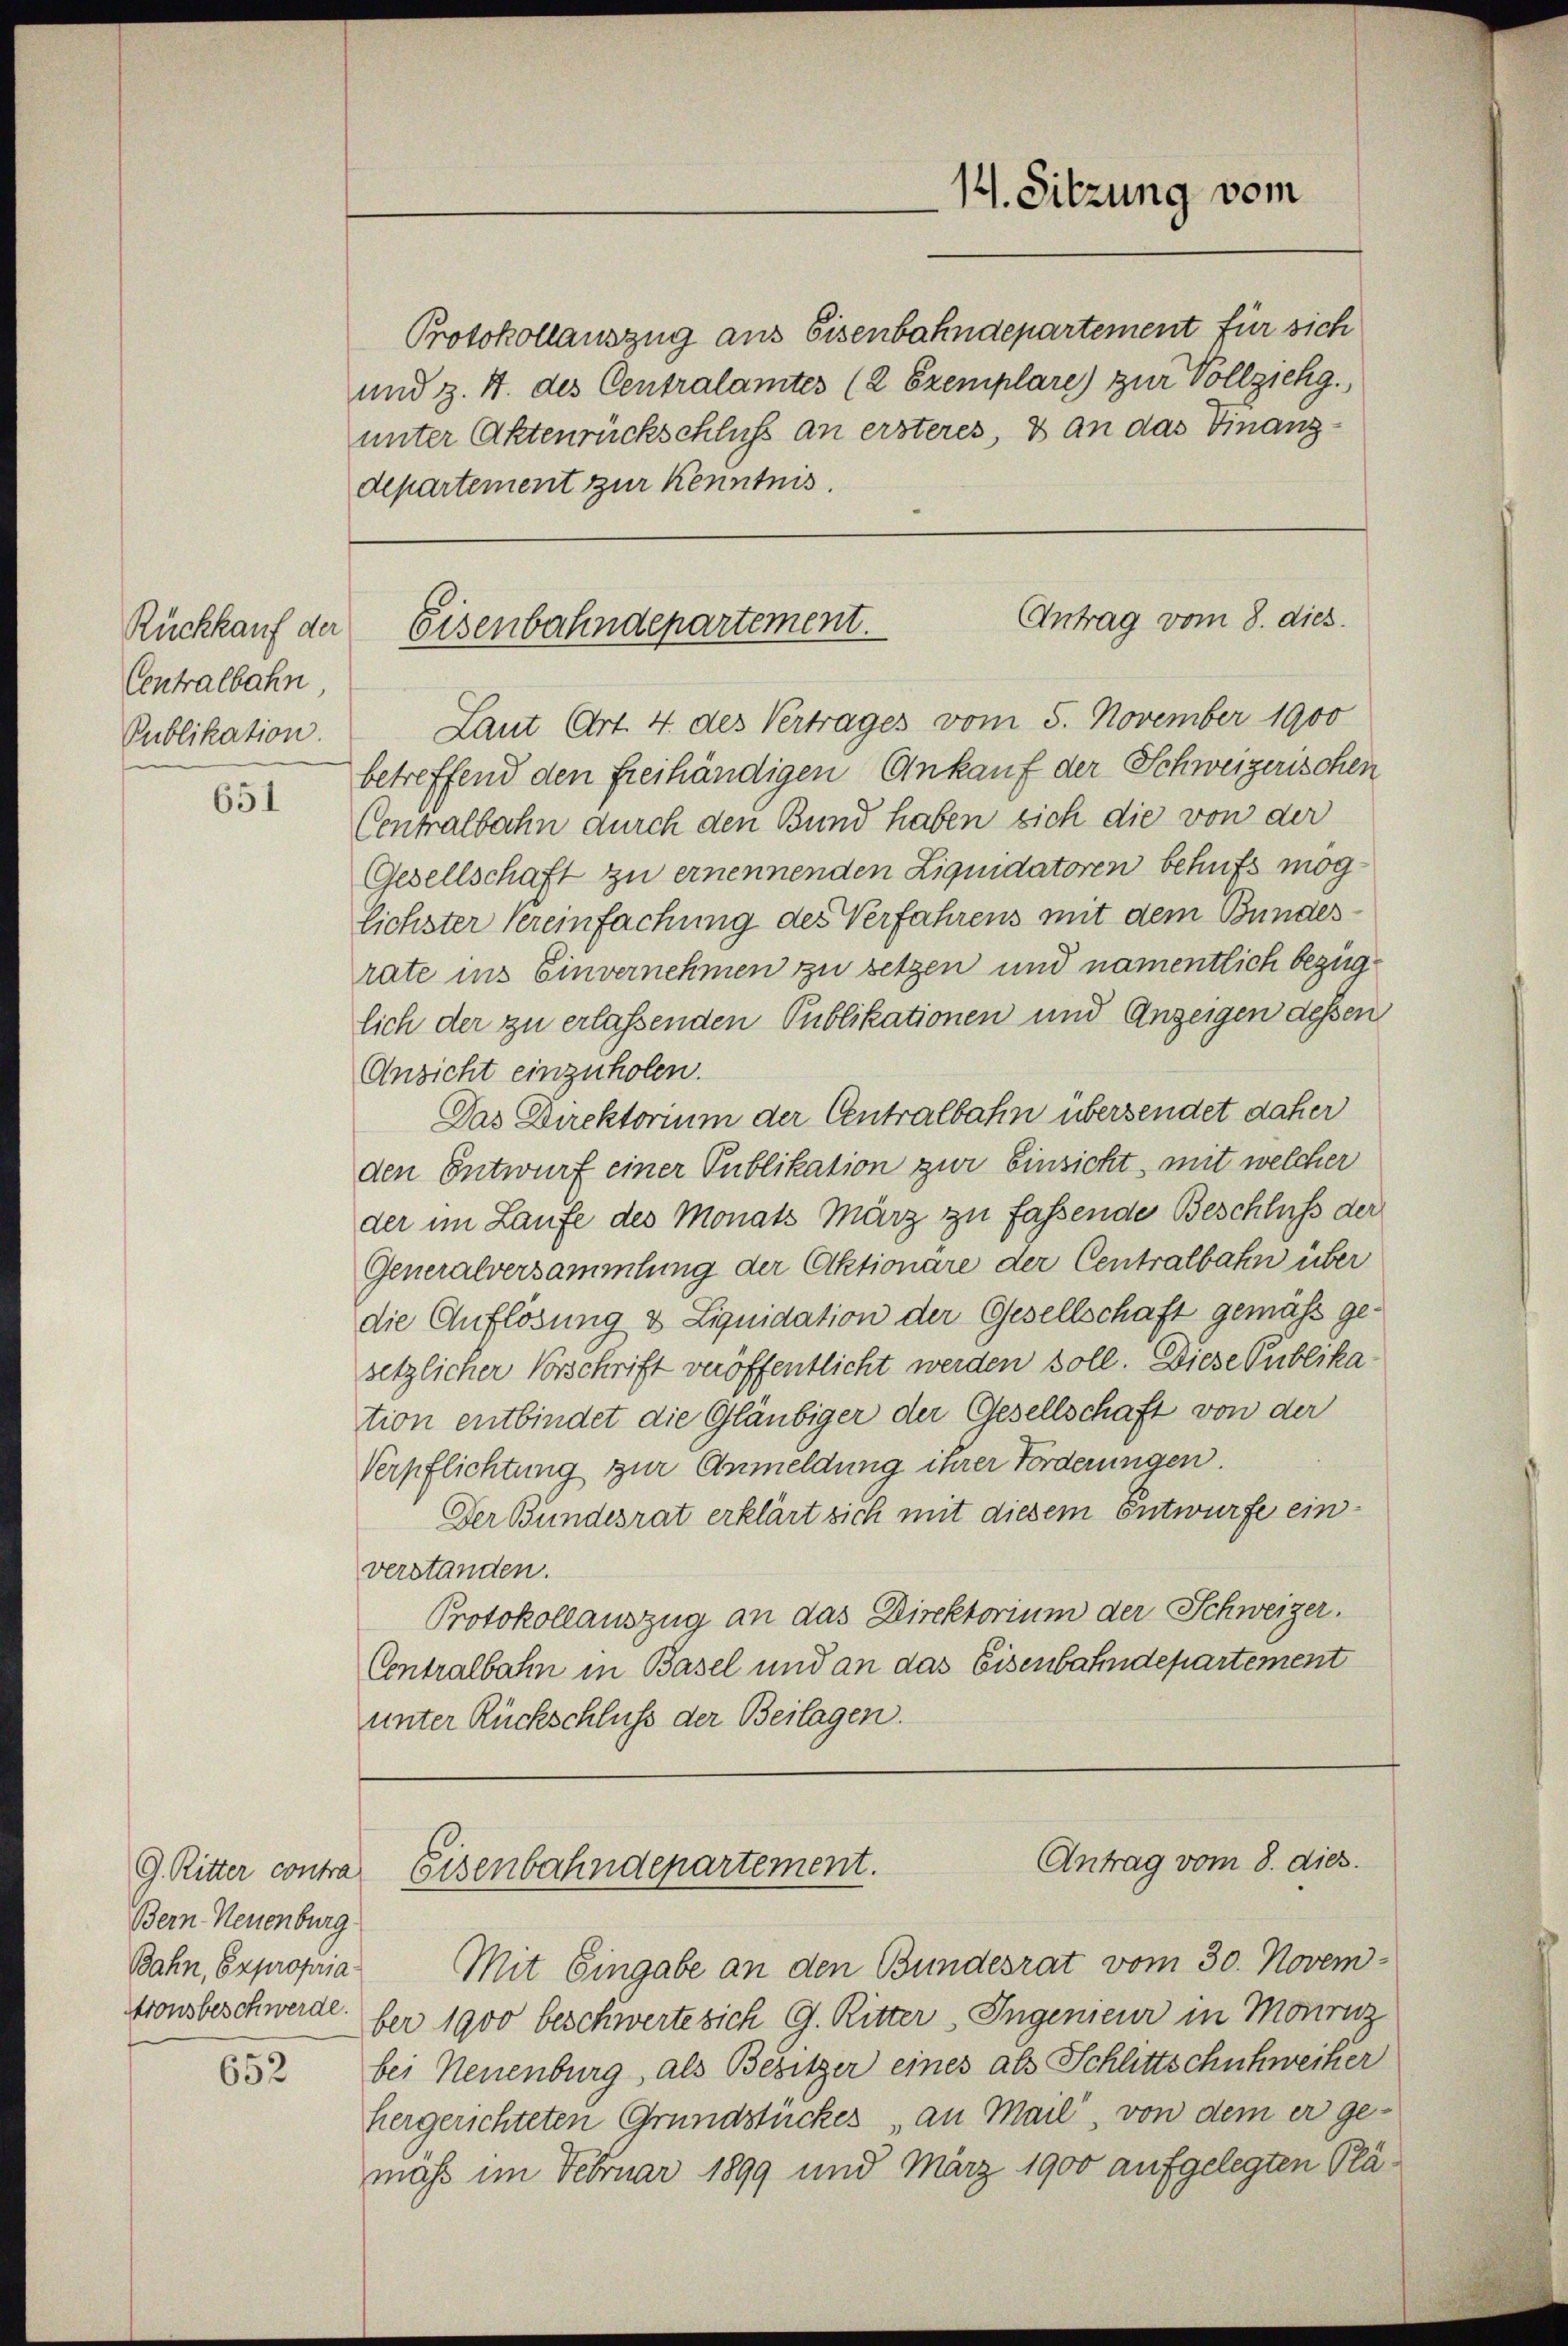
Centralbahn,
Publikation.

651

unter Aktenrückschluß an ersteres, & an das Finanz-
departement zur Kenntnis.

Bern Neuenburg
Bahn, Expropria

652

14. Sitzung vom

Antrag vom 8. dies.
Rückkauf der Eisenbahndepartement.

Antrag vom 8. dies
G. Ritter contra Eisenbahndepartement.

Protokollauszug aus Eisenbahndepartement für sich
und z. B. des Centralamtes (2 Exemplare) zur Vollziehg.

Laut Art. 4. des Vertrages vom 5. November 1900
betreffend den freihändigen Ankauf der Schweizerischen
Centralbahn durch den Bund haben sich die von der
Gesellschaft zu ernennenden Liquidatoren behufs möglichster Vereinfachung des Verfahrens mit dem Bundesrate ins Einvernehmen zu setzen und namentlich bezüglich der zu erlassenden Publikationen und Anzeigen dessen
Ansicht einzuholen.
Das Direktorium der Centralbahn übersendet daher
den Entwurf einer Publikation zur Einsicht, mit welcher
der im Laufe des Monats März zu fassende Beschluß der
Generalversammlung der Aktionäre der Centralbahn über
die Auflösung & Liquidation der Gesellschaft gemäß gesetzlicher Vorschrift veröffentlicht werden soll. Diese Publikation entbindet die Gläubiger der Gesellschaft von der
Verpflichtung zur Anmeldung ihrer Forderungen.
Der Bundesrat erklärt sich mit diesem Entwurfe einverstanden.
Protokollauszug an das Direktorium der Schweizer.
Centralbahn in Basel und an das Eisenbahndepartement
unter Rückschluss der Beilagen.

Mit Eingabe an den Bundesrat vom 30. Novemtionsbeschwerde. ber 1900 beschwerte sich G. Ritter, Ingenieur in Monrnz
bei Neuenburg, als Besitzer eines als Schlittschuhweiker
hergerichteten Grundstückes, an Mail, von dem er ge-
mass im Februar 1899 und März 1900 aufgelegten Plä¬